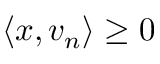
\langle x , v _ { n } \rangle \geq 0